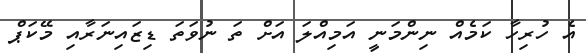
އެ ހުރިހާ ކަމެއް ނިންމަނީ އަމިއްލަ އަށް ތަ ނުވަތަ ޑިޒައިނަރާއި މޭކަޕް